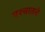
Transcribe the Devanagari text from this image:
पश्चातचे